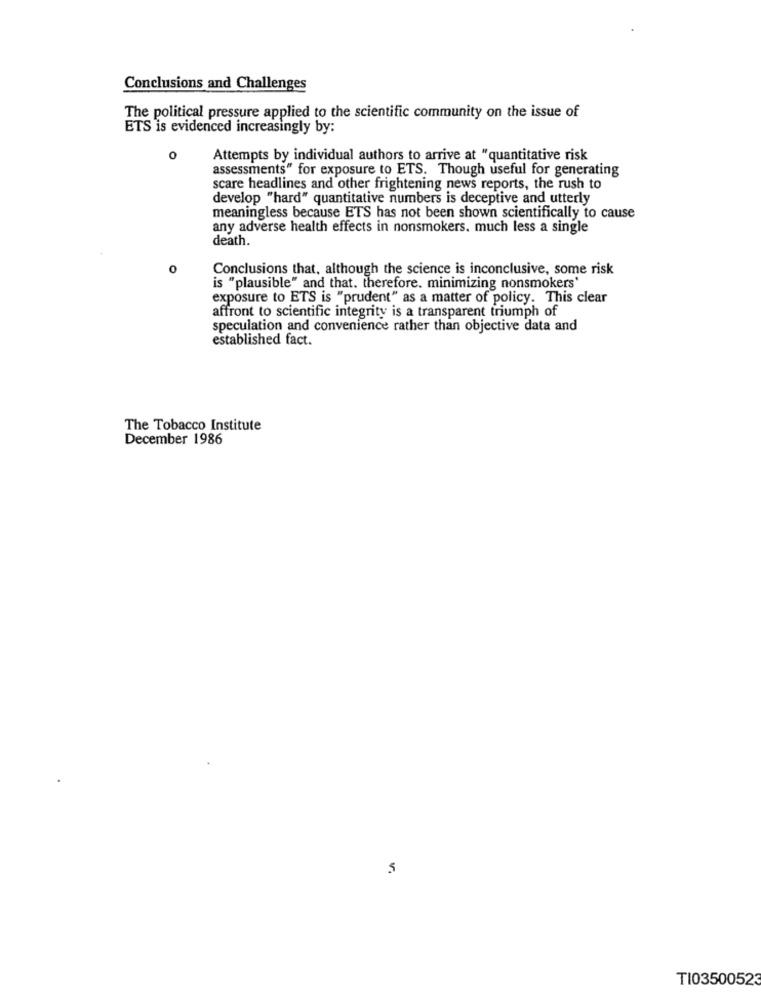
Conclusions and Challenges
The political pressure applied to the scientific community on the issue of
ETS is evidenced increasingly by:
0
Attempts by individual authors to arrive at "quantitative risk
assessments" for exposure to ETS. Though useful for generating
scare headlines and other frightening news reports, the rush to
develop "hard" quantitative numbers is deceptive and utterly
meaningless because ETS has not been shown scientifically to cause
any adverse health effects in nonsmokers. much less a single
death.
0
Conclusions that, although the science is inconclusive, some risk
is "plausible" and that. therefore. minimizing nonsmokers'
exposure to ETS is "prudent" as a matter of policy. This clear
affront to scientific integrity is a transparent triumph of
speculation and convenience rather than objective data and
established fact.
The Tobacco Institute
December 1986
5
TI03500523